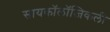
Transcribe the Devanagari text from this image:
सायकॉलॉजिकली